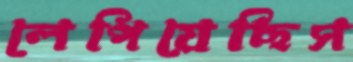
লেপিয়েছিস